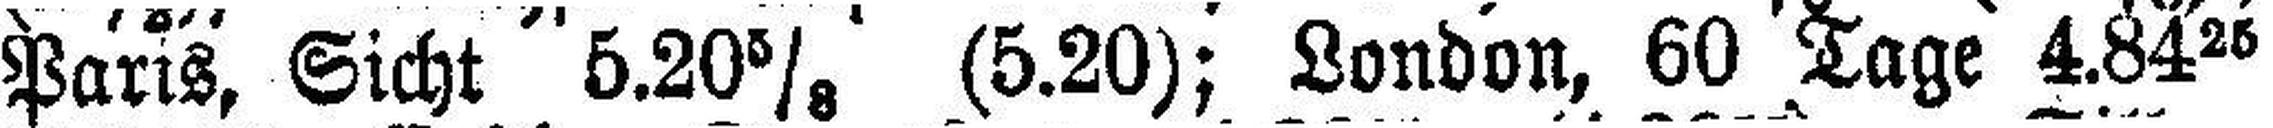
Paris, Sicht 5.20⅜ (5.20); London, 60 Tage 4.84 25